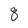
Character: 8